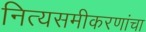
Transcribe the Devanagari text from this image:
नित्यसमीकरणांचा